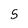
Character: 5